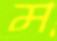
ম